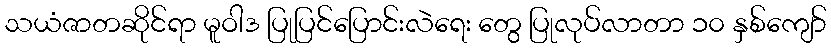
သယံဇာတဆိုင်ရာ မူဝါဒ ပြုပြင်ပြောင်းလဲရေး တွေ ပြုလုပ်လာတာ ၁၀ နှစ်ကျော်